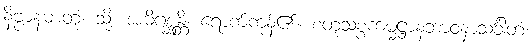
နိဗ္ဗာနဓာတုံ၊ သို့။ အဓိဂစ္ဆန္တိ၊ ရောက်ကုန်၏။ စတုသစ္စကမ္မဋ္ဌာနဘာဝနာသင်္ခါတံ၊